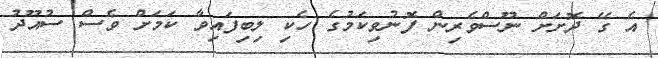
އެ ގޭ ދޮށަށް ނޫސްވެރިން ފޮނުވިކަމުގެ ހެކި ލިބިފައިވާ ކަމަށް ވެސް ސުއޫދު